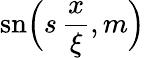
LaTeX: \mathrm{sn}\Big(\displaystyle{s\, \frac{x}{\xi}},m\Big)